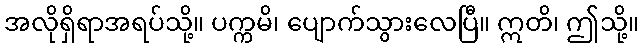
အလိုရှိရာအရပ်သို့။ ပက္ကမိ၊ ပျောက်သွားလေပြီ။ ဣတိ၊ ဤသို့။